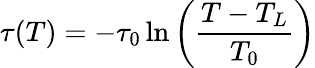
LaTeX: \tau(T)=-\tau_{0}\ln\left(\frac{T-T_{L}}{T_{0}}\right)